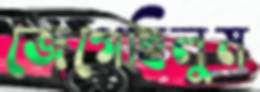
জেগেছিলুম